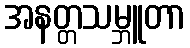
အနတ္တသမ္ဘူတာ